Indian journal of veterinary science and animal husbandry - Volume 2,
Year: 1932
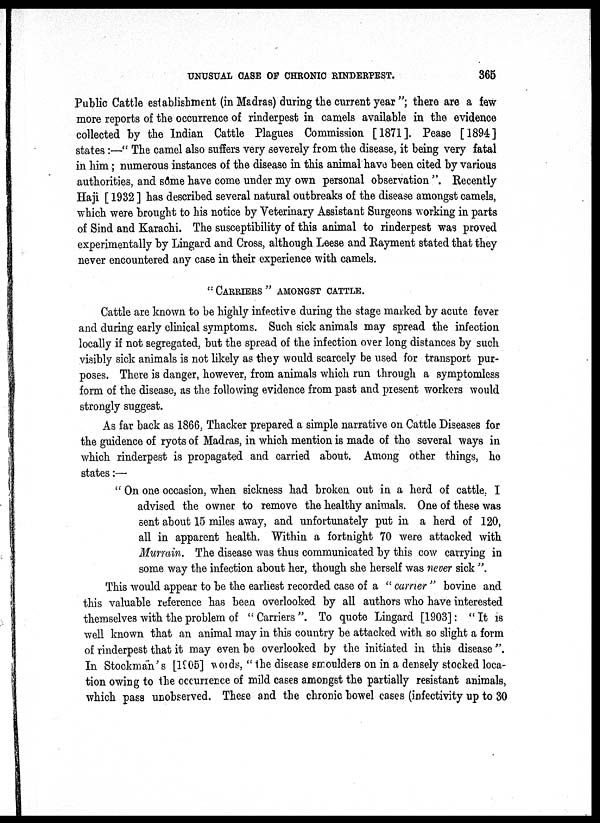
UNUSUAL CASE OF CHRONIC RINDERPEST.
365
Public Cattle establishment (in Madras) during the current year "; there are a few
more reports of the occurrence of rinderpest in camels available in the evidence
collected by the Indian Cattle Plagues Commission [1871]. Pease [1894]
states :—" The camel also suffers very severely from the disease, it being very fatal
in him; numerous instances of the disease in this animal have been cited by various
authorities, and some have come under my own personal observation ". Recently
Haji [ 1932 ] has described several natural outbreaks of the disease amongst camels,
which were brought to his notice by Veterinary Assistant Surgeons working in parts
of Sind and Karachi. The susceptibility of this animal to rinderpest was proved
experimentally by Lingard and Cross, although Leese and Rayment stated that they
never encountered any case in their experience with camels.
"CARRIERS" AMONGST CATTLE.
Cattle are known to be highly infective during the stage marked by acute fever
and during early clinical symptoms. Such sick animals may spread the infection
locally if not segregated, but the spread of the infection over long distances by such
visibly sick animals is not likely as they would scarcely be used for transport pur-
poses. There is danger, however, from animals which run through a symptomless
form of the disease, as the following evidence from past and present workers would
strongly suggest.
As far back as 1866, Thacker prepared a simple narrative on Cattle Diseases for
the guidence of ryots of Madras, in which mention is made of the several ways in
which rinderpest is propagated and carried about. Among other things, he
states:—
" On one occasion, when sickness had broken out in a herd of cattle, I
advised the owner to remove the healthy animals. One of these was
sent about 15 miles away, and unfortunately put in a herd of 120,
all in apparent health. Within a fortnight 70 were attacked with
Murrain. The disease was thus communicated by this cow carrying in
some way the infection about her, though she herself was never sick ".
This would appear to be the earliest recorded case of a " carrier " bovine and
this valuable reference has been overlooked by all authors who have interested
themselves with the problem of " Carriers ". To quote Lingard [1903]: " It is
well known that an animal may in this country be attacked with so slight a form
of rinderpest that it may even be overlooked by the initiated in this disease ".
In Stockman's [1905] words, " the disease smoulders on in a densely stocked loca-
tion owing to the occurrence of mild cases amongst the partially resistant animals,
which pass unobserved. These and the chronic bowel cases (infectivity up to 30